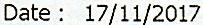
DATE : 17/11/2017